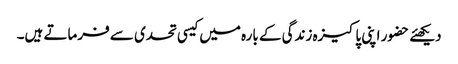
دیکھئے حضور اپنی پاکیزہ زندگی کے بارہ میں کیسی تحدی سے فرماتے ہیں۔